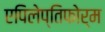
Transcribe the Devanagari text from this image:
एपिलेप्तिफोर्म